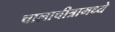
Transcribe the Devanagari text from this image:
चालाचीत्रामध्ये